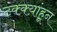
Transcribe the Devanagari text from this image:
टक्क्य़ांहून